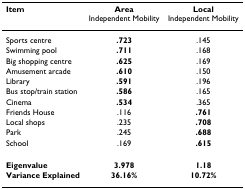
<table><thead><tr><td><b>Item</b></td><td><b>AreaIndependent Mobility</b></td><td><b>LocalIndependent Mobility</b></td></tr></thead><tbody><tr><td>Sports centre</td><td><b>.723</b></td><td>.145</td></tr><tr><td>Swimming pool</td><td><b>.711</b></td><td>.168</td></tr><tr><td>Big shopping centre</td><td><b>.625</b></td><td>.169</td></tr><tr><td>Amusement arcade</td><td><b>.610</b></td><td>.150</td></tr><tr><td>Library</td><td><b>.591</b></td><td>.196</td></tr><tr><td>Bus stop/train station</td><td><b>.586</b></td><td>.165</td></tr><tr><td>Cinema</td><td><b>.534</b></td><td>.365</td></tr><tr><td>Friends House</td><td>.116</td><td><b>.761</b></td></tr><tr><td>Local shops</td><td>.235</td><td><b>.708</b></td></tr><tr><td>Park</td><td>.245</td><td><b>.688</b></td></tr><tr><td>School</td><td>.169</td><td><b>.615</b></td></tr><tr><td><b>Eigenvalue</b></td><td><b>3.978</b></td><td><b>1.18</b></td></tr><tr><td><b>Variance Explained</b></td><td><b>36.16%</b></td><td><b>10.72%</b></td></tr></tbody></table>